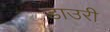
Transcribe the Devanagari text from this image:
डाउरी